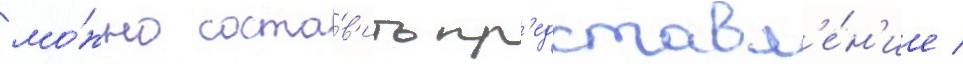
мо́жно соста́в'ить пр'едставл'е́н'ие /